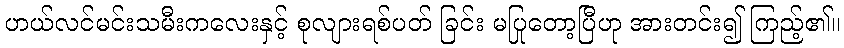
ဟယ်လင်မင်းသမီးကလေးနှင့် စုလျားရစ်ပတ် ခြင်း မပြုတော့ပြီဟု အားတင်း၍ ကြည့်၏။